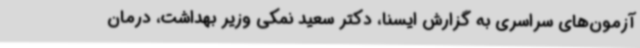
آزمون‌های سراسری به گزارش ایسنا، دکتر سعید نمکی وزیر بهداشت، درمان